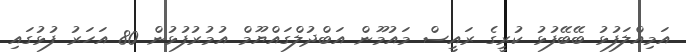
އަމިއްލަފުޅު ބޭބޭފުޅު ކުރީގެ ރައީސް މައުމޫން އަބްދުލްގައްޔޫމް އުމުރުފުޅުން 80 އަހަރު ފުޅުގައި